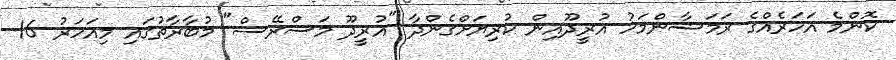
ކޮންމެ އަހަރެއްގެ ރަމަޟާންމަހު އުރީދޫއިން ކުރިޔަށްގެންދާ "އުރީދޫ މަސްރޭސް" މުބާރާތުގައި މިއަހަރު 16